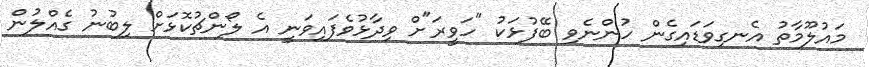
މައުލޫމާތު އެނގިވަޑައިގެން ހުންނެވި ބޭފުޅަކު "ހަވީރަ"ށް ވިދާޅުވެފައިވަނީ އެ ލޯންޗުކޮޅަށް ލިބުނު ގެއްލުން